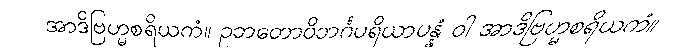
အာဒိဗြဟ္မစရိယကံ။ ဥဘတောဝိဘင်္ဂပရိယာပန္နံ ဝါ အာဒိဗြဟ္မစရိယကံ။